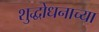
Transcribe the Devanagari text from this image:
शुद्धोधनाच्या